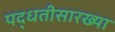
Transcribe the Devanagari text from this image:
पद्धतीसारख्या